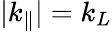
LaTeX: |k_{\| }|=k_{L}